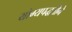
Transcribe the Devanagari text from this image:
योग्यपद्धतीने